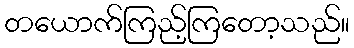
တယောက်ကြည့်ကြတော့သည်။